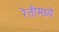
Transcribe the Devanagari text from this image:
रेतीमध्ये